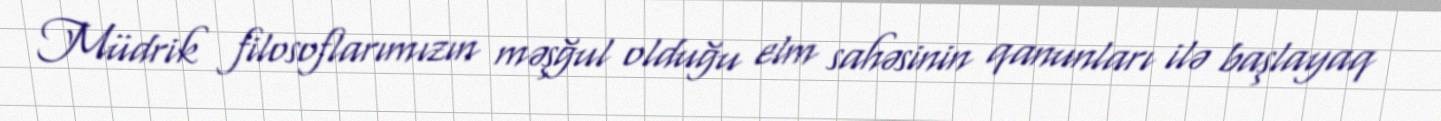
Müdrik filosoflarımızın məşğul olduğu elm sahəsinin qanunları ilə başlayaq